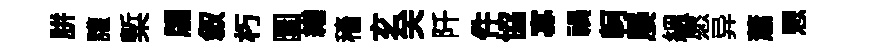
胼讙槧牖叙朽圜繕穡𤣥关阡件協寡禍軻屡緼愿异蕭愳